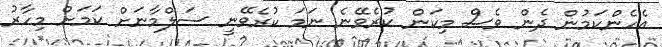
އެހެންކަމުން ދެން ވެސް މިކަން ކުރެވޭނެ ނަމަ ކުރެވޭނީ ސަލްމާނަށް ކަމަށް މިހާރު